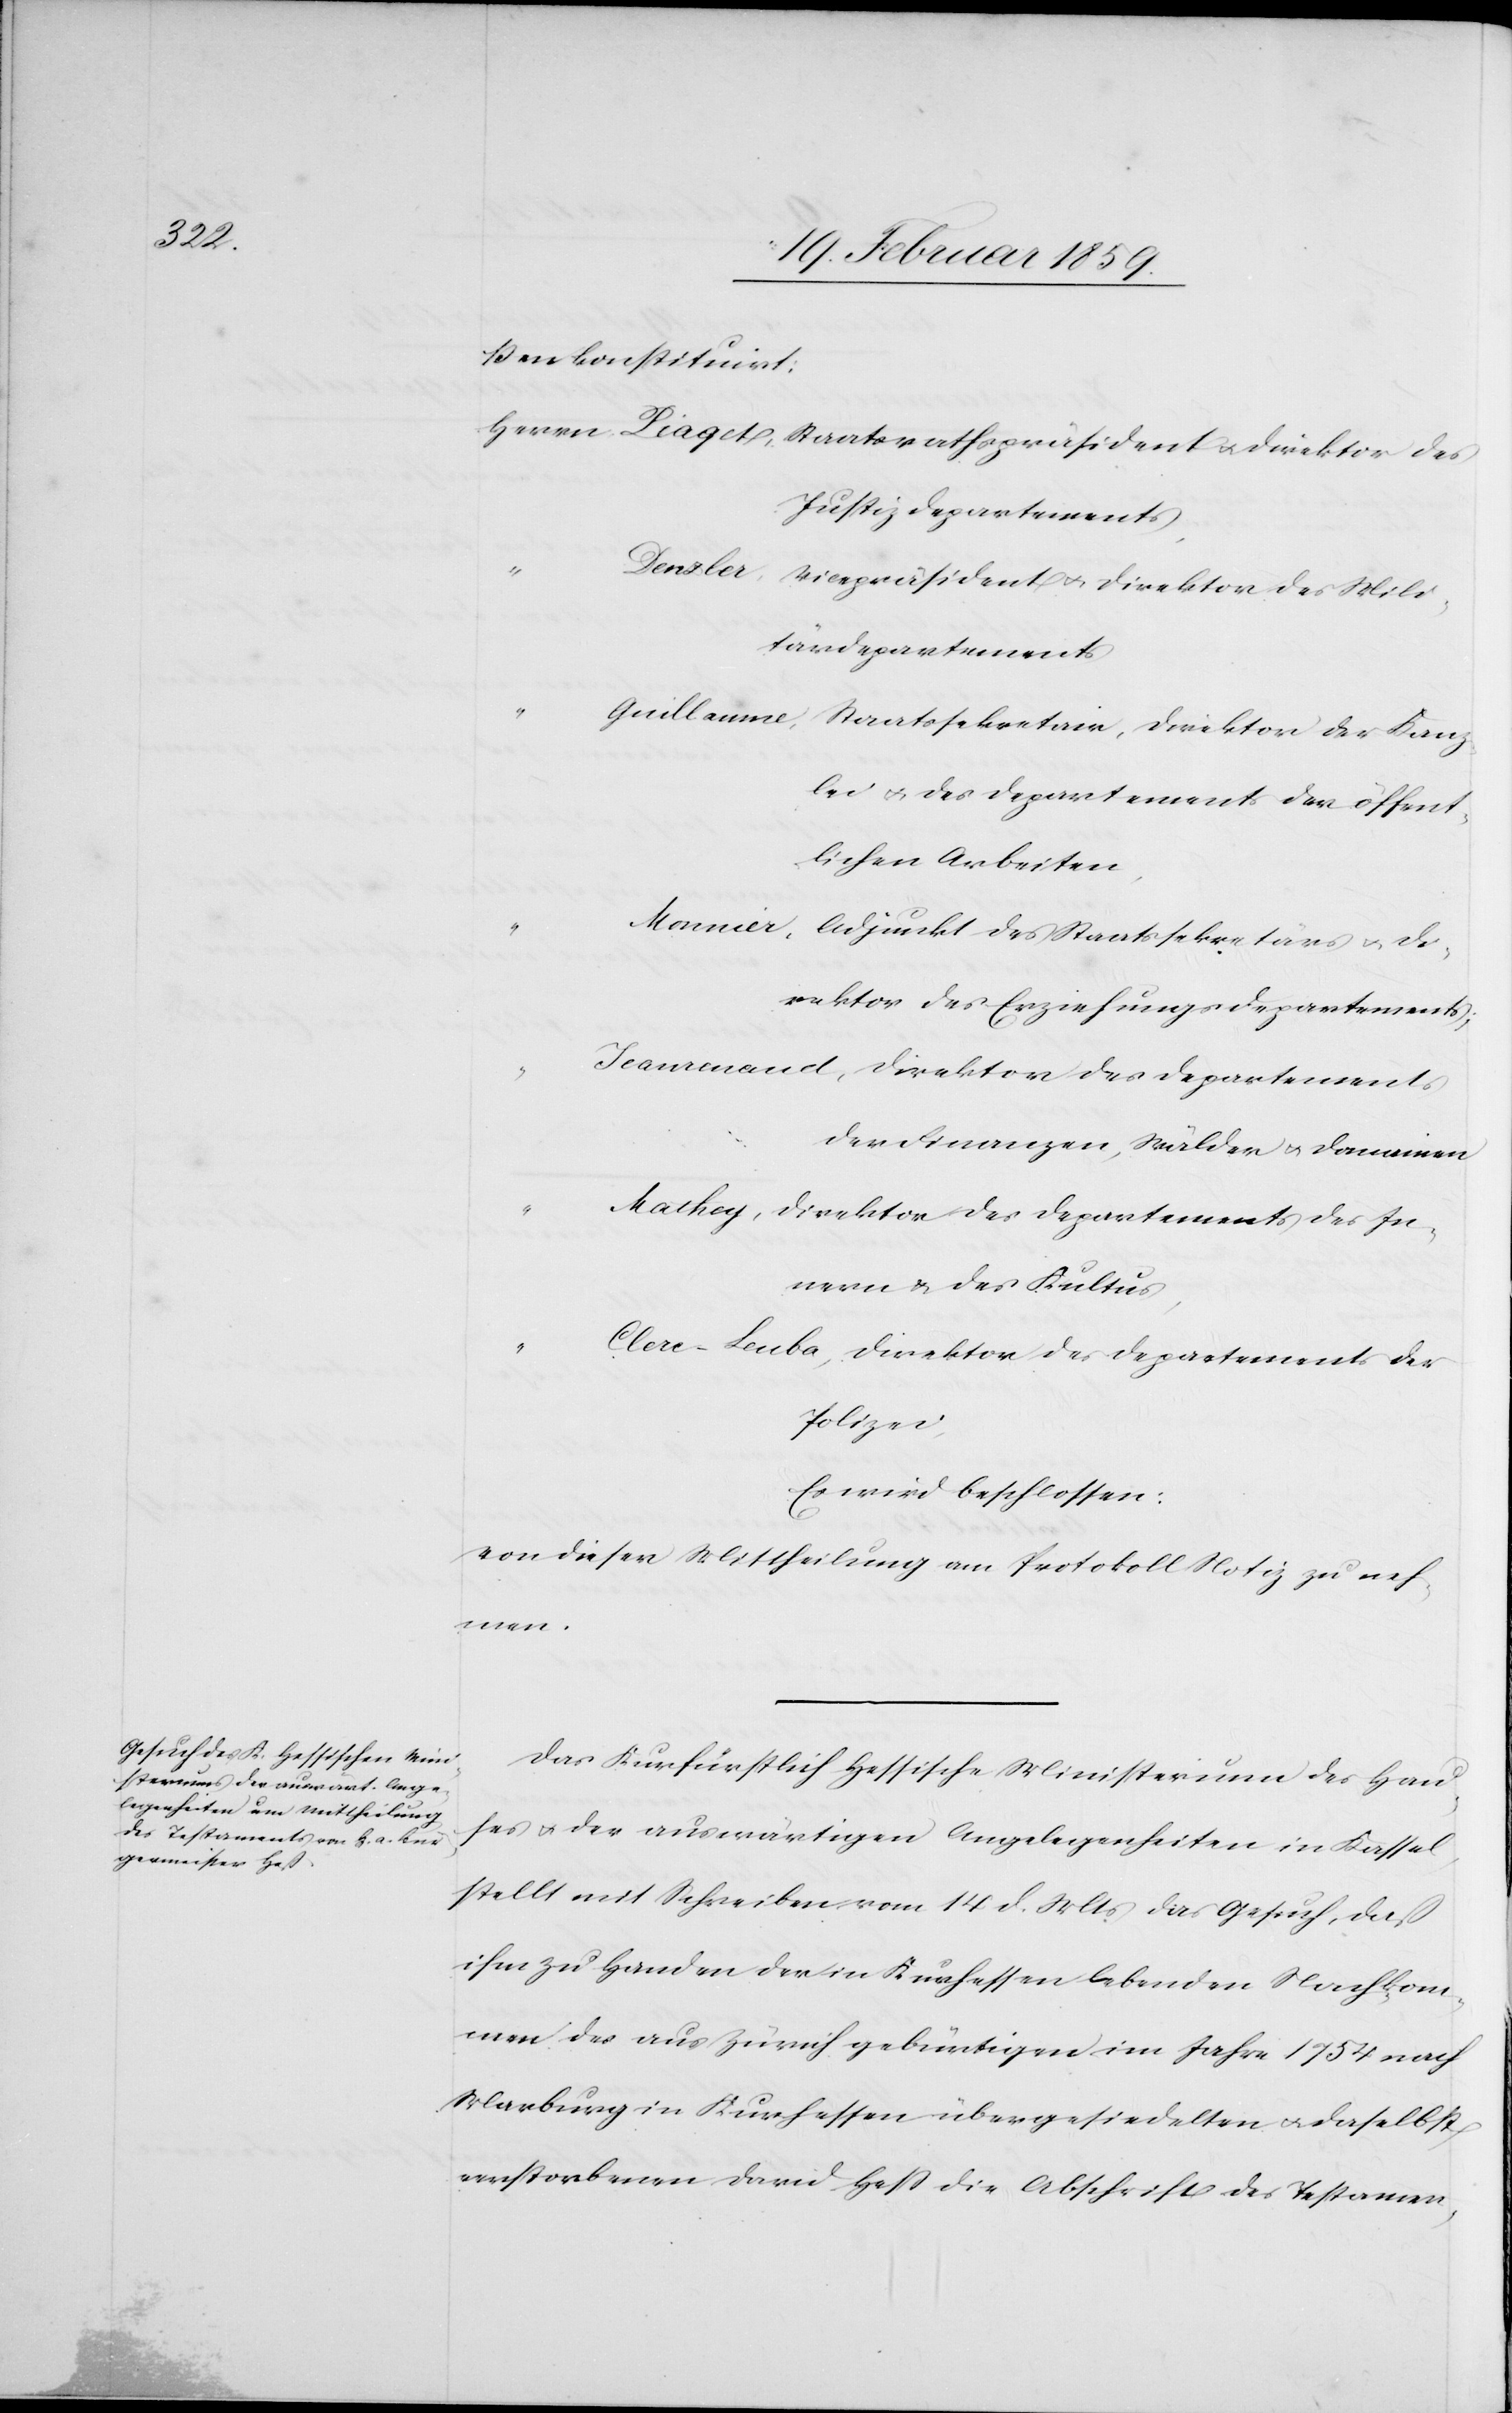
der

ßen konstituirt:
Justizdepartements,
Vicepräsident u. Direktor des Mili¬
tärdepartements
lei u. des Departements der öffent¬
lichen Arbeiten,
Direktor des Erziehungsdepartements;
der Finanzen, Wälder u. Domainen
Direktor des Departements des In¬
nern & des Kultus,
Polizei,
Es wird beschlossen:
von dieser Mittheilung am Protokoll Notiz zu neh¬
men.
Das Kurfürstlich Hessische Ministerium des Hau¬
ses u. der auswärtigen Angelegenheiten in Kassel,
stellt mit Schreiben vom 14 d. Mts. das Gesuch, daß
ihm zu Handen der in Kurhessen lebenden Nachkom¬
men des aus Zürich gebürtigen im Jahre 1754 nach
Marburg in Kurhessen übergesiedelten u. daselbst
verstorbenen David Heß die Abschrift des Testamen-